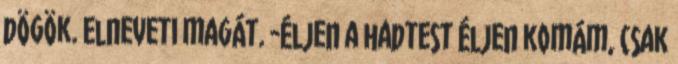
dögök. Elneveti magát. -Éljen a hadtest Éljen komám, csak